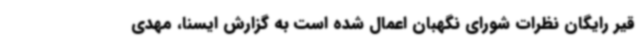
قیر رایگان نظرات شورای نگهبان اعمال شده است به گزارش ایسنا، مهدی